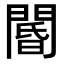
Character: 閽